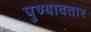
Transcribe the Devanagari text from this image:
पुण्यावतार